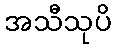
အသီသုပိ